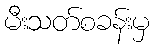
မီးသတ်စခန်းမှ